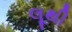
લૂથી